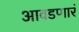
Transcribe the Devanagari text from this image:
आवडणारं